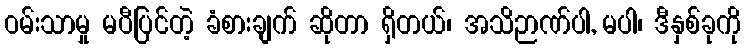
ဝမ်းသာမှု မပီပြင်တဲ့ ခံစားချက် ဆိုတာ ရှိတယ်၊ အသိဉာဏ်ပါ, မပါ၊ ဒီနှစ်ခုကို